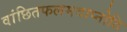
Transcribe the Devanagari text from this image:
वांछितफलमवाप्नोति